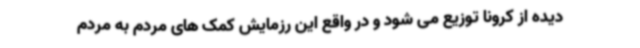
دیده از کرونا توزیع می شود و در واقع این رزمایش کمک های مردم به مردم